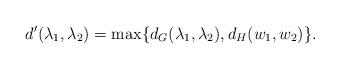
LaTeX: \begin{align*}d'(\lambda_1, \lambda_2) = \max\{d_G(\lambda_1, \lambda_2), d_H(w_1, w_2)\}.\end{align*}